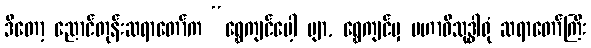
ဒီတော့ ညောင်တုန်းဆရာတော်က “ရွှေကျင်ပေါ့ ဗျာ, ရွှေကျင်မှ မဟာဝိသုဒ္ဓါရုံ ဆရာတော်ကြီး